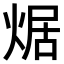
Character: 𤉸